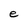
Character: e